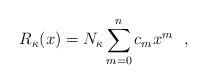
LaTeX: \begin{align*}R_{\kappa}(x)=N_{\kappa} \sum_{m=0}^n c_m x^m \ \ , \end{align*}